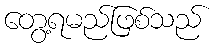
တွေ့ရမည်ဖြစ်သည်